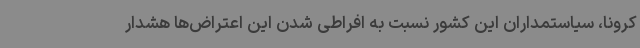
کرونا، سیاستمداران این کشور نسبت به افراطی شدن این اعتراض‌ها هشدار